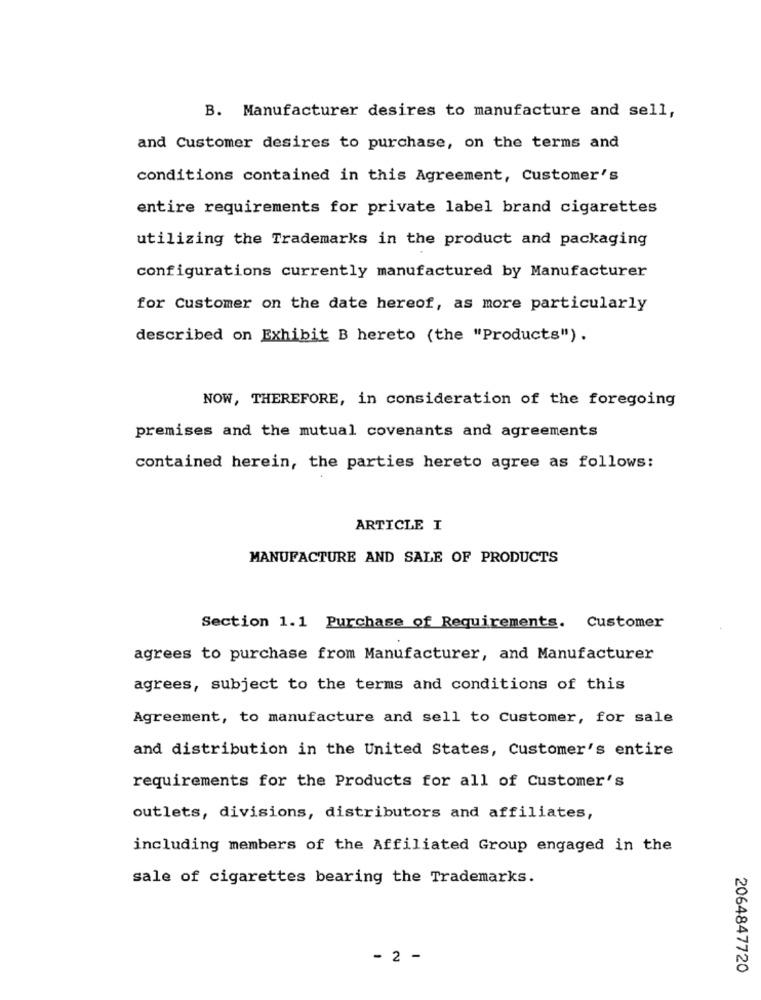
B. Manufacturer desires to manufacture and sell,
and Customer desires to purchase, on the terms and
conditions contained in this Agreement, Customer's
entire requirements for private label brand cigarettes
utilizing the Trademarks in the product and packaging
configurations currently manufactured by Manufacturer
for Customer on the date hereof, as more particularly
described on Exhibit B hereto (the "Products").
NOW, THEREFORE, in consideration of the foregoing
premises and the mutual covenants and agreements
contained herein, the parties hereto agree as follows:
ARTICLE I
MANUFACTURE AND SALE OF PRODUCTS
Section 1.1 Purchase of Requirements. Customer
agrees to purchase from Manufacturer, and Manufacturer
agrees, subject to the terms and conditions of this
Agreement, to manufacture and sell to Customer, for sale
and distribution in the United States, Customer's entire
requirements for the Products for all of Customer's
outlets, divisions, distributors and affiliates,
including members of the Affiliated Group engaged in the
sale of cigarettes bearing the Trademarks.
- 2 -
2064847720